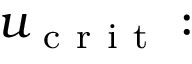
u _ { \mathrm { ~ c ~ r ~ i ~ t ~ } } :